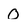
Character: 0